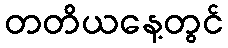
တတိယနေ့တွင်